Vaccination in Bombay 1913-1923 - 1913-1923
Year: 1913
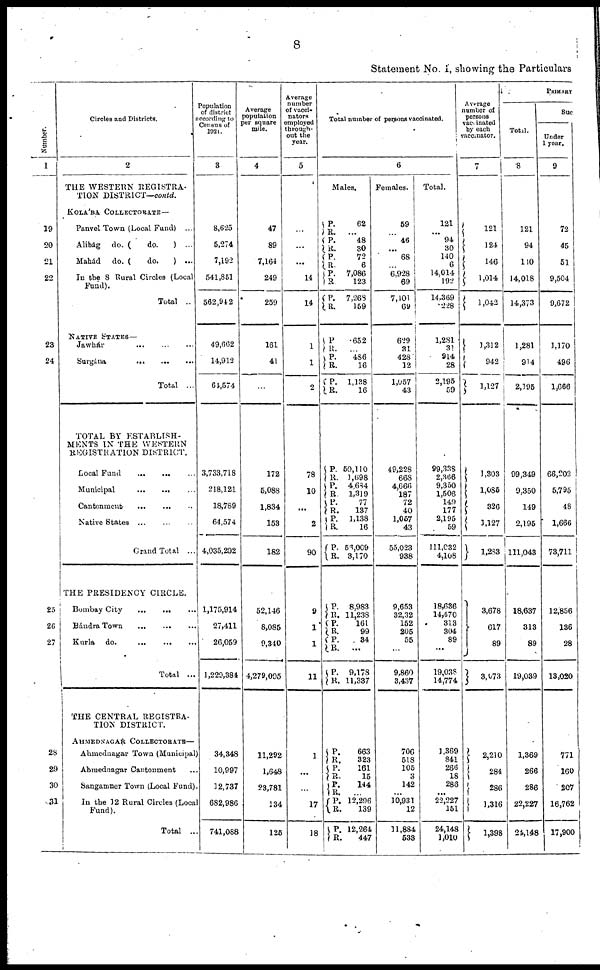
8
Statement No. I, showing the Particulars
Number.
1
19
20
21
22
23
24
25
26
27
28
29
30
31
Circles and Districts.
2
THE WESTERN REGISTRA¬
TION DISTRICT—contd.
KOLÁBA COLLECTORATE —
Panvel Town (Local Fund) ...
Alibág do. (
do.
) ...
Mahád do. (
do.
) ...
In the 8 Rural Circles (Local
Fund).
Total ..
NATIVE STATES—
Jawhár ... ... ...
Surgána
...
...
...
Total ...
TOTAL BY ESTABLISH-
MENTS IN THE WESTERN
REGISTRATION DISTRICT.
Local Fund
...
...
...
Municipal
...
...
...
Cantonment
...
...
...
Native States
...
...
...
Grand Total ...
THE PRESIDENCY CIRCLE.
Bombay City ... ... ...
Bándra Town
...
...
...
Kurla do.
...
...
...
Total ...
THE CENTRAL REGISTRA-
TION DISTRICT.
AHMEDNAGAR COLLECTORATE—
Ahmednagar Town (Municipal)
Abmednagar Cantonment ...
Sangamner Town (Local Fund).
In the 12 Rural Circles (Local
Fund).
Total ...
Population
of district
according to
Census of
1921.
3
8,625
5,274
7,192
541,851
562,942
49,662
14,912
64,574
3,733,718
218,121
18,789
64,574
4,035,202
1,175,914
27,411
26,059
1,229,384
34,348
10,997
12,737
682,986
741,088
Average
population
per square
mile.
4
47
89
7,164
249
259
161
41
...
172
5,088
1,834
153
182
52,146
8,085
9,340
4,279,095
11,292
1,648
23,781
134
125
Average
number
of vacci¬
nators
employed
through-
out the
year.
5
...
...
...
14
14
1
1
2
78
10
...
2
90
9
1
1
11
1
...
...
17
18
Total number of persons vaccinated.
6
Males.
P.
R.
P.
R.
P.
R.
P.
R.
P.
R.
62
...
48
30
72
6
7,086
123
7,268
159
P.
R.
P.
R.
P.
R.
652
...
486
16
1,138
16
P.
R.
P. R.
P.
R.
P.
R.
P.
R.
50,110
1,698
4,684
1,319
77
137
1,138
16
56,009
3,170
P.
R. P.
R.
P.
R.
P.
R.
8,983
11,238
161
99
34
...
9,178
11,337
P.
R. P.
R. P.
R.
P.
R.
P.
R.
663
323
161
15
144
...
12,296
139
12,264
447
Females.
59
...
46
...
68
...
6,928
69
7,101
69
629
31
428
12
1,057
43
49,228
668
4,666
187
72
40
1,057
43
55,023
938
9,653
32,32
152
205
55
...
9,860
3,437
706
518
105
3
142
...
10,931
12
11,884
533
Total.
121
...
94
30
140
6
14,014
192
14,369
228
1,281
31
914
28
2,195
59
99,338
2,366
9,350
1,506
149
177
2,195
59
111,032
4,108
18,636
14,470
313
304
89
...
19,038
14,774
1,369
841
266
18
286
...
22,227
151
24,148
1,010
Average
number of
persons
vaccinated
by each
vaccinator.
7
121
124
146
1,014
1,042
1,312
942
1,127
1,303
1,085
326
1,127
1,283
3,678
617
89
3,073
2,210
284
286
1,316
1,398
PRIMARY
Total.
8
121
94
110
14,018
14,373
1,281
914
2,195
99,349
9,350
149
2,195
111,043
18,637
313
89
19,039
1,369
266
286
22,227
24,148
Suc
Under
1 year.
9
72
45
51
9,504
9,672
1,170
496
1,666
66,202
5,795
48
1,666
73,711
12,856
136
28
13,020
771
160
207
16,762
17,900